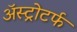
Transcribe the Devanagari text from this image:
ॲस्ट्रोटर्फ